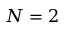
N = 2